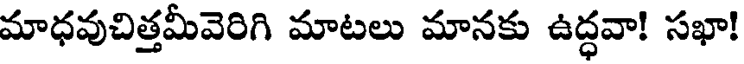
మాధవుచిత్తమీవెరిగి మాటలు మానకు ఉద్ధవా! సఖా!